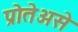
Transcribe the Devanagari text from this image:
प्रोतेअसे